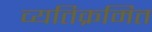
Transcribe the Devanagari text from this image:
व्यतिक्रमित